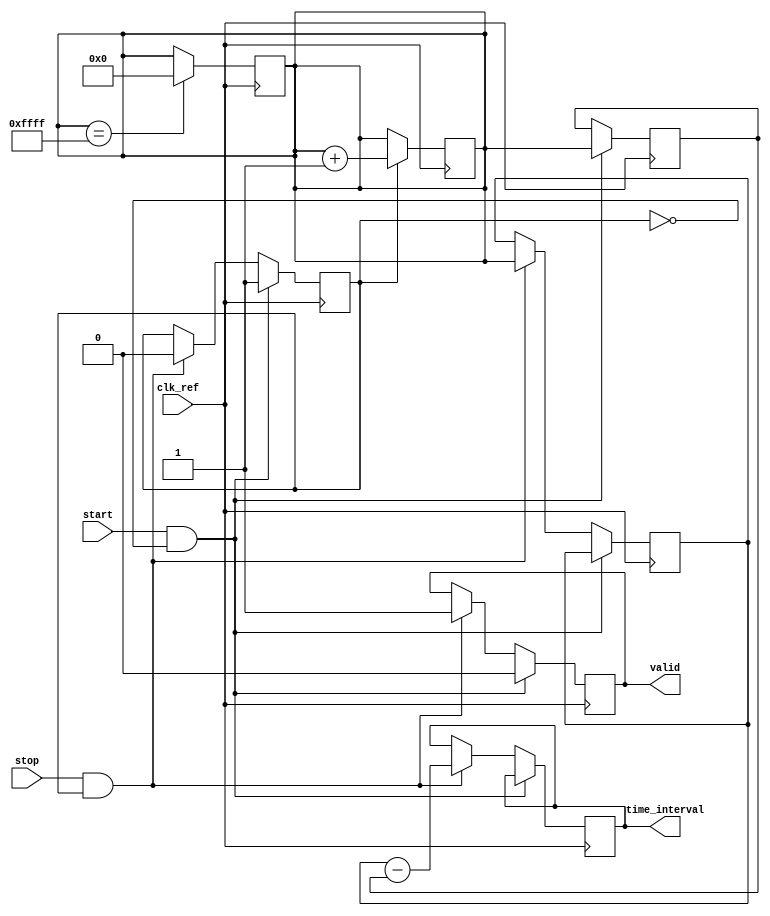
module synchronized_tdc (
    input wire clk_ref,         // Reference clock
    input wire start,          // Start signal
    input wire stop,           // Stop signal
    output reg [15:0] time_interval, // Output time interval
    output reg valid           // Output valid signal
);

    // Parameters
    parameter MEMORY_SIZE = 16; // Size of the memory block
    parameter COUNTER_WIDTH = 16; // Width of the counter

    // Internal signals
    reg [COUNTER_WIDTH-1:0] counter; // Counter for clock cycles
    reg [COUNTER_WIDTH-1:0] start_time; // Time when start signal is received
    reg [COUNTER_WIDTH-1:0] stop_time; // Time when stop signal is received
    reg [COUNTER_WIDTH-1:0] memory [0:MEMORY_SIZE-1]; // Memory block for storing intervals
    reg [3:0] mem_index; // Index for memory storage
    reg measuring; // State to indicate if measuring is in progress

    // Counter logic
    always @(posedge clk_ref) begin
        if (measuring) begin
            counter <= counter + 1; // Increment counter on each clock cycle
        end
    end

    // Start and Stop signal handling
    always @(posedge clk_ref) begin
        if (start && !measuring) begin
            measuring <= 1; // Start measuring
            start_time <= counter; // Capture start time
            valid <= 0; // Reset valid signal
        end else if (stop && measuring) begin
            measuring <= 0; // Stop measuring
            stop_time <= counter; // Capture stop time
            time_interval <= stop_time - start_time; // Calculate time interval
            valid <= 1; // Indicate valid output
            // Store the time interval in memory
            if (mem_index < MEMORY_SIZE) begin
                memory[mem_index] <= time_interval; // Store in memory
                mem_index <= mem_index + 1; // Increment memory index
            end
        end
    end

    // Overflow handling (optional)
    always @(posedge clk_ref) begin
        if (counter == {COUNTER_WIDTH{1'b1}}) begin
            // Handle overflow condition
            // Reset counter or take appropriate action
            counter <= 0; // Reset counter on overflow
        end
    end

    // Initialization
    initial begin
        counter = 0;
        mem_index = 0;
        measuring = 0;
        valid = 0;
    end

endmodule